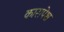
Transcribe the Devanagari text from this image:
कारापेश